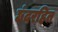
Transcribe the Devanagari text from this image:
छंदरहित